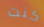
كنت